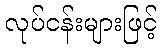
လုပ်ငန်းများဖြင့်